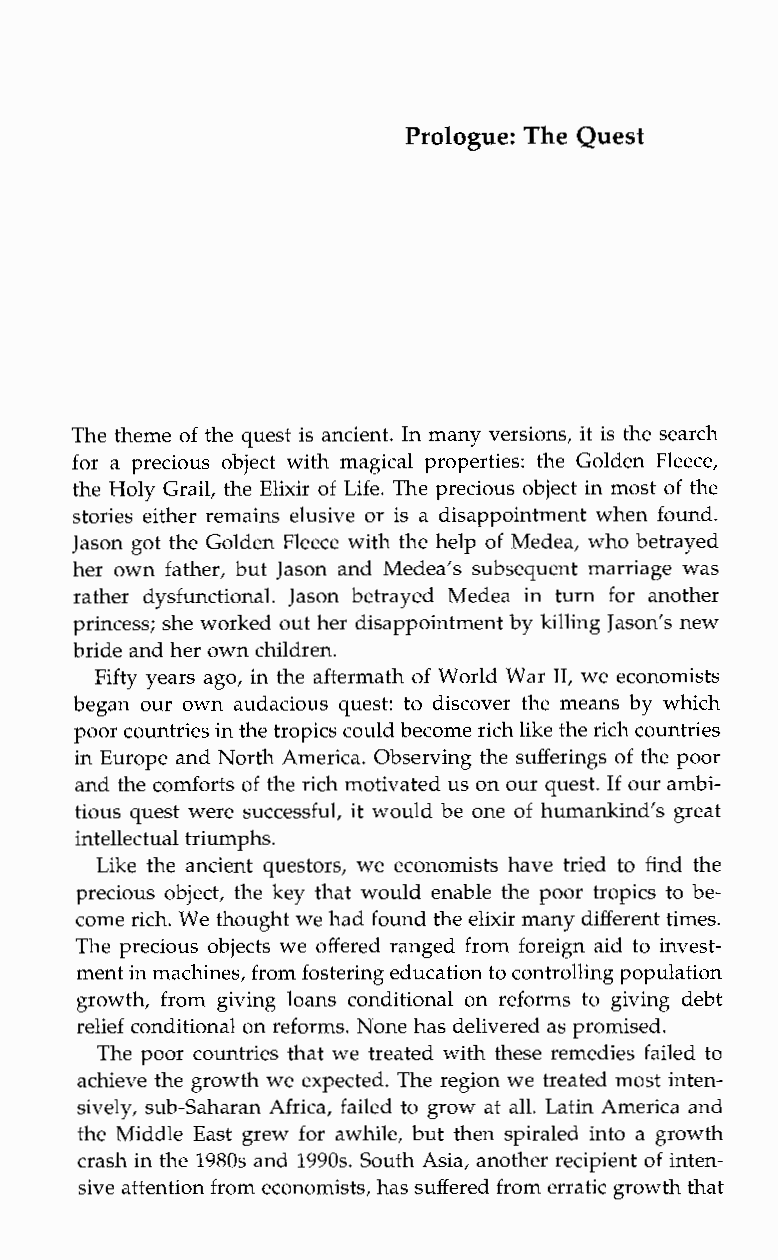
Prologue: The Quest
 The theme of the quest is ancient. In many versions, it is the search
 for a precious object with magical properties:t heG olden Fleece,
 the Holy Grail, the Elixir of Life. The precious object in most of the
 stories either remains elusive or is a disappointment when found.
 Jason got the Golden Fleece with the help of Medea, who betrayed
 her own father, but Jason and Medea’s subsequent marriage was
 ratherd ysfunctional.J asonb etrayed Medea int urn for another
 princess; she worked out her disappointment by killing Jason’s new
 bride and her own children.
 Fifty years ago, in the aftermath of World War 11, we economists
 began our own audacious quest: to discover the means by which
 poor countries in the tropics coubldec ome rich like the rich countries
 in Europe and North America. Observing the sufferings of the poor
 and the comforts of the rich motivated us on our quest. If our ambi-
 tious quest were successful, it would be one of humankind’s great
 intellectual triumphs.
 Like the ancient questors, we economists have tried to find the
 precious object, the key that would enable the poor tropics to be-
 come rich. We thought we had found theel ixir many different times.
 The precious objects we offered ranged from foreign aid to invest-
 ment inm achines, from fostering education toc ontrolling population
 growth, from giving loans conditional on reforms to giving debt
 relief conditional on reforms. None has delivered as promised.
 The poor countries that we treated with these remedies failed to
 achieve the growth we expected. The region we treated most inten-
 sively, sub-Saharan Africa, failed to grow at all. Latin America and
 the Middle East grew for awhile, but then spiraled into a growth
 crash in the 1980s and 1990s. South Asia, another recipient of inten-
 sive attention from economists, has suffered from erratic growth that